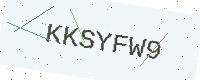
Text: KKSYFW9